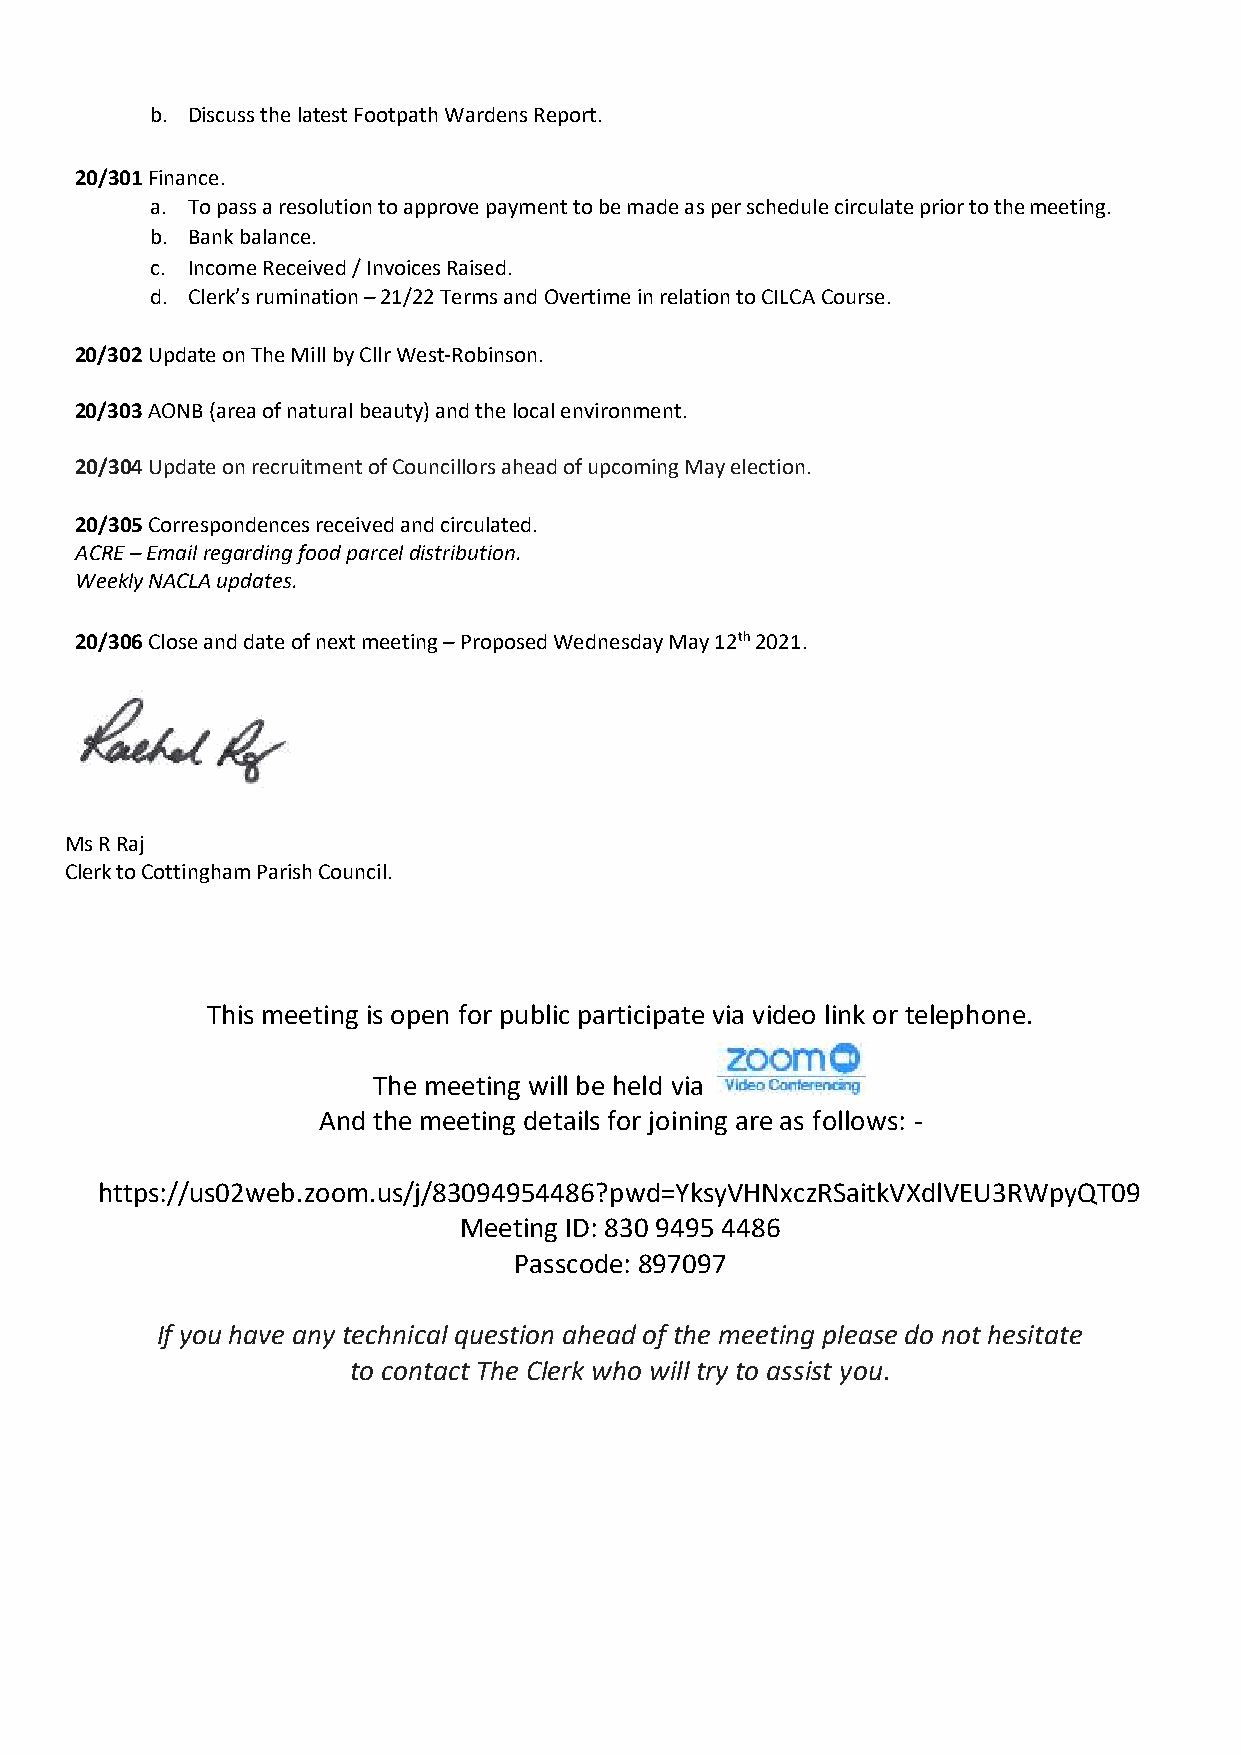
b. Discuss the latest Footpath Wardens Report.
 20/301 Finance.
 a. To pass a resolution to approve payment to be made as per schedule circulate prior to the meeting.
 b. Bank balance.
 c. Income Received / Invoices Raised.
 d. Clerk’s rumination – 21/22 Terms and Overtime in relation to CILCA Course.
 20/302 Update on The Mill by Cllr West-Robinson.
 20/303 AONB (area of natural beauty) and the local environment.
 20/304 Update on recruitment of Councillors ahead of upcoming May election.
 20/305 Correspondences received and circulated.
 ACRE – Email regarding food parcel distribution.
 Weekly NACLA updates.
 20/306 Close and date of next meeting – Proposed Wednesday May 12th 2021.
 Ms R Raj
 Clerk to Cottingham Parish Council.
 This meeting is open for public participate via video link or telephone.
 The meeting will be held via
 And the meeting details for joining are as follows: -
 https://us02web.zoom.us/j/83094954486?pwd=YksyVHNxczRSaitkVXdlVEU3RWpyQT09
 Meeting ID: 830 9495 4486
 Passcode: 897097
 If you have any technical question ahead of the meeting please do not hesitate
 to contact The Clerk who will try to assist you.